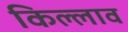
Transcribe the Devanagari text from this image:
किल्लाव